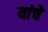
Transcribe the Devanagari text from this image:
यांचेे